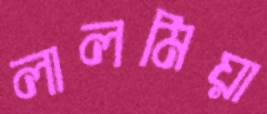
লালমিয়া